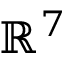
\mathbb { R } ^ { 7 }